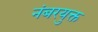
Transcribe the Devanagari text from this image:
नंबरयुक्त